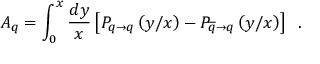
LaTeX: A _ { q } = \int _ { 0 } ^ { x } { \frac { d y } { x } } \left\lbrack P _ { q \rightarrow q } \left( { y / x } \right) - P _ { \overline { { q } } \rightarrow q } \left( { y / x } \right) \right\rbrack \; \; .